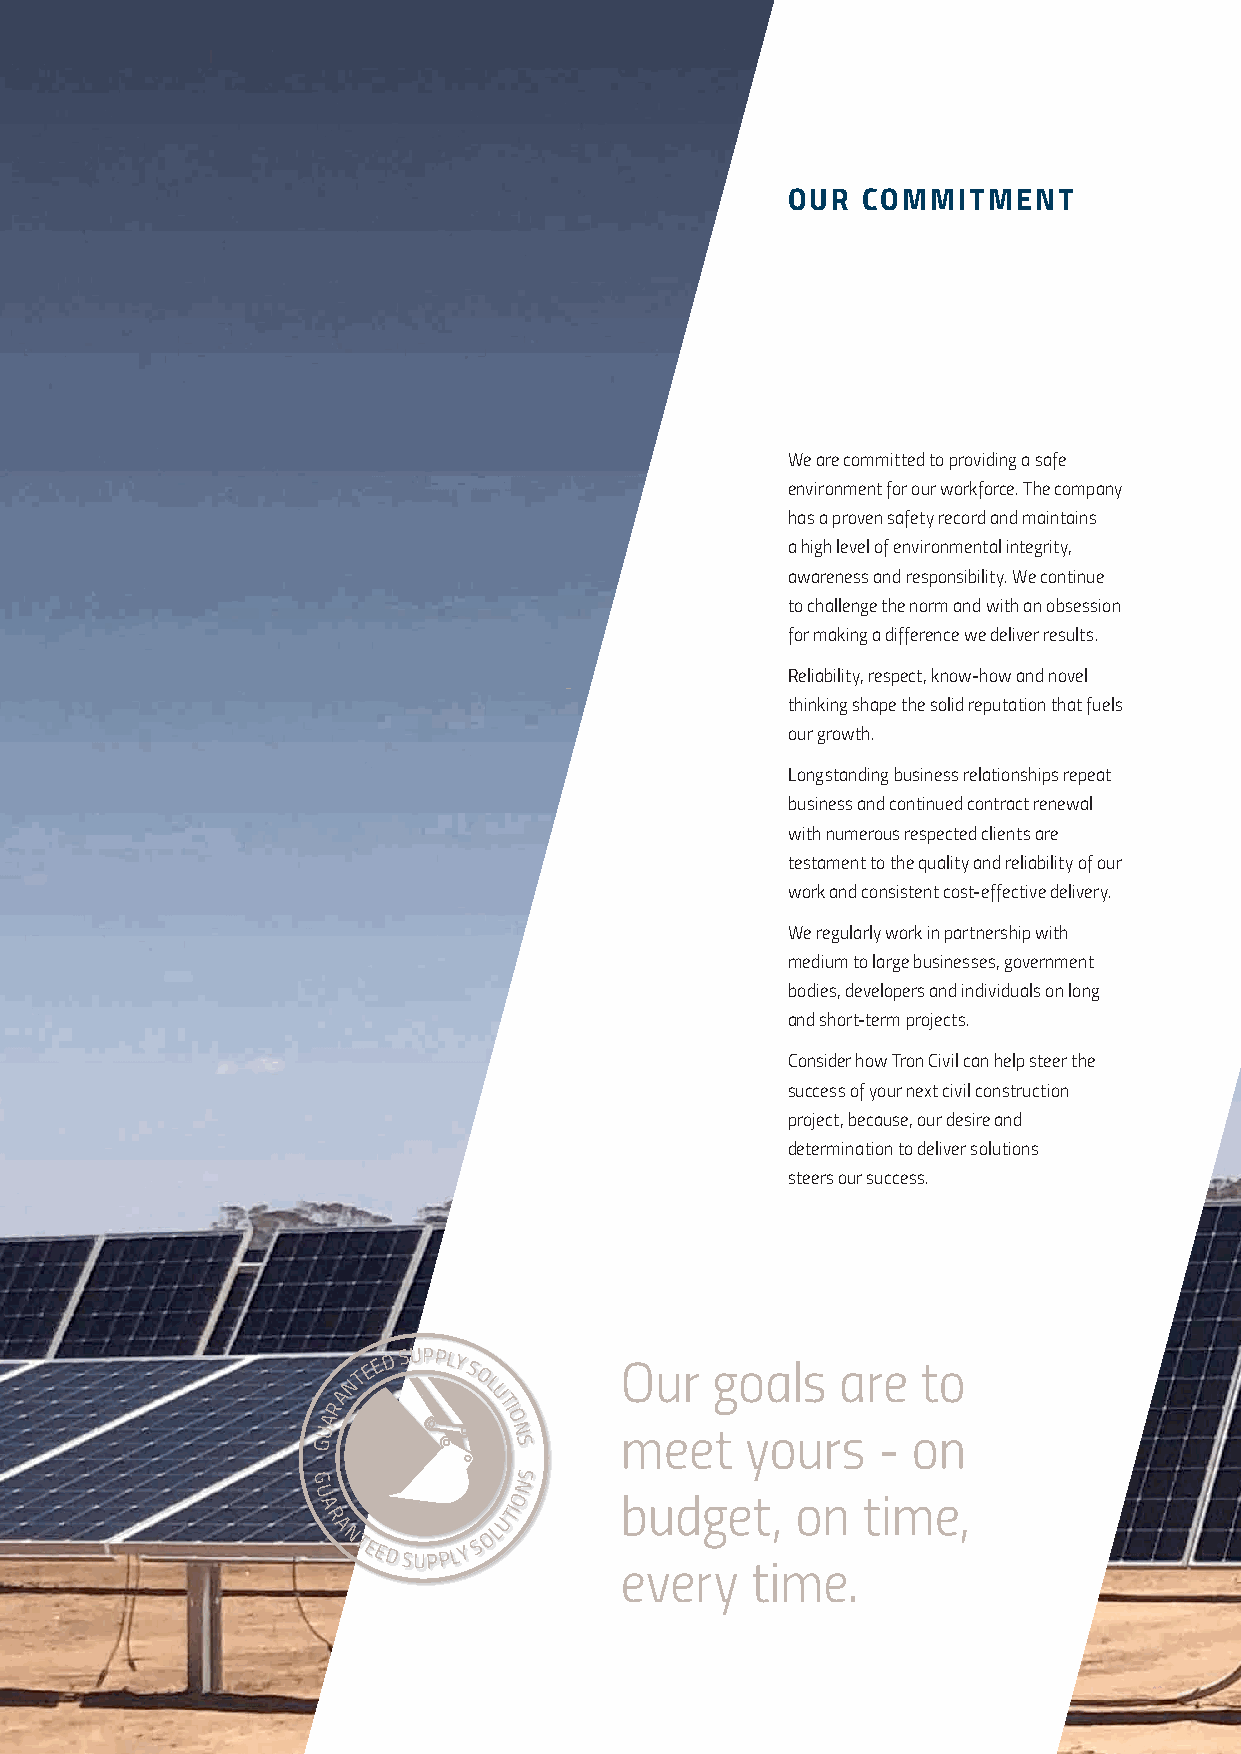
OUR  COMMITMENT
 We are committed to providing a safe
 environment for our workforce. The company
 has a proven safety record and maintains
 a high level of environmental integrity,
 awareness and responsibility. We continue
 to challenge the norm and with an obsession
 for making a difference we deliver results.
 Reliability, respect, know-how and novel
 thinking shape the solid reputation that fuels
 our growth.
 Longstanding business relationships repeat
 business and continued contract renewal
 with numerous respected clients are
 testament to the quality and reliability of our
 work and consistent cost-effective delivery.
 We regularly work in partnership with
 medium to large businesses, government
 bodies, developers and individuals on long
 and short-term projects.
 Consider how Tron Civil can help steer the
 success of your next civil construction
 project, because, our desire and
 determination to deliver solutions
 steers our success.
 NTE E D SUPPLY S
 O
 L
 Our   goals    are  to
 A         U
 R          TI
 A           O
 U            N      meet    yours    - on
 G            S
 G             NS
 U            O      budget,     on  time,
 A            TI
 R           U
 A
 NTEED
 SUPPL Y
 S
 OL
 every    time.